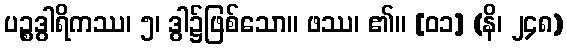
ပဉ္စဒွါရိကဿ၊ ၅၊ ဒွါ၌ဖြစ်သော။ ဖဿ၊ ၏။ [၀၁] (နိ၊ ၂၄၈)